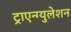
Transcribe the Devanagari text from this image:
ट्राएन्ग्युलेशन